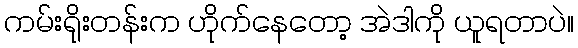
ကမ်းရိုးတန်းက ဟိုက်နေတော့ အဲဒါကို ယူရတာပဲ။